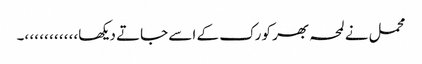
محمل نے لمحہ بھر کو رک کے اسے جاتے دیکھا،، ،، ،، ،، ،، ،۔